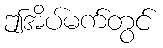
ဤအိပ်မက်တွင်